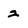
Character: 2